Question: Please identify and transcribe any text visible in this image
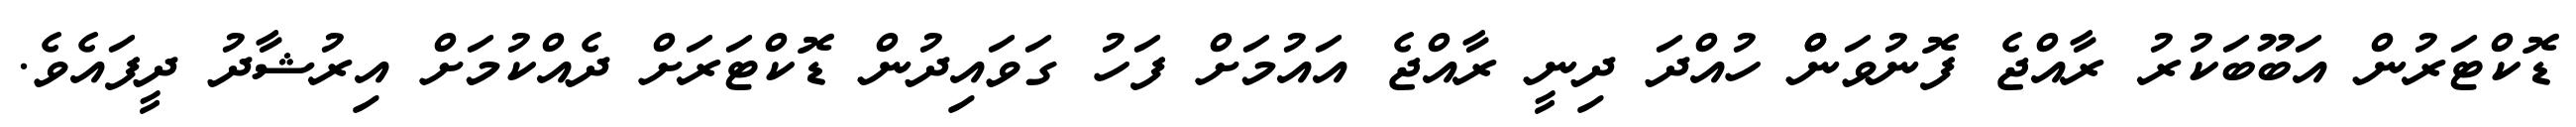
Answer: ޑޮކްޓަރުން އަބޫބަކުރު ރާއްޖެ ފޮނުވަންް ހުއްދަ ދިނީ ރާއްޖެ އައުމަށް ފަހު ގަވައިދުން ޑޮކްޓަރަށް ދެއްކުމަށް އިރުޝާދު ދީފައެވެ.